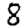
Digit: 8